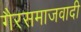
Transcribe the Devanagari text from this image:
गैरसमाजवादी